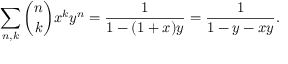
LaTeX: \sum _ { n , k } { \binom { n } { k } } x ^ { k } y ^ { n } = { \frac { 1 } { 1 - ( 1 + x ) y } } = { \frac { 1 } { 1 - y - x y } } .